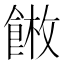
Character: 𩜫